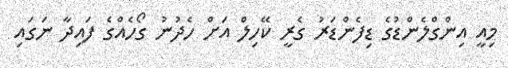
މިއީ އިންގްލެންޑުގެ ޑިފެންޑަރު ގެރީ ކޭހިލް އަށް ހެދުނު ގޯހެއްގެ ފައިދާ ނަގައި